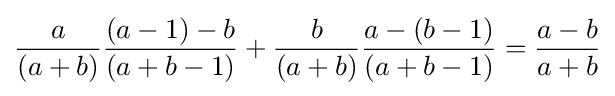
{a \over (a+b)}{(a-1)-b \over (a+b-1)}+{b \over (a+b)}{a-(b-1) \over (a+b-1)}={a-b \over a+b}